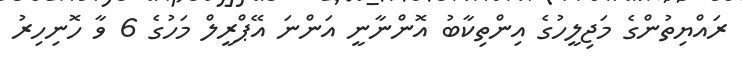
ރައްޔިތުންގެ މަޖިލީހުގެ އިންތިކާބު އޮންނާނީ އަންނަ އޭޕްރީލް މަހުގެ 6 ވާ ހޮނިހިރު